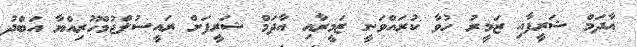
އާދަމް ޝަރީފާއި ޒަމީރު ހުވާ ކުރައްވަނީ ޒަމީރާއި އާދަމް ޝަރީފަށް ރައީސުލްޖުމްހޫރިއްޔާ އަބްދު